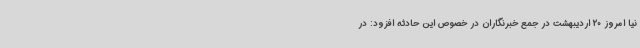
نیا امروز 20 اردیبهشت در جمع خبرنگاران در خصوص این حادثه افزود: در